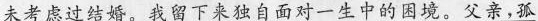
未考虑过结婚。我留下来独自面对一生中的困境。父亲,孤